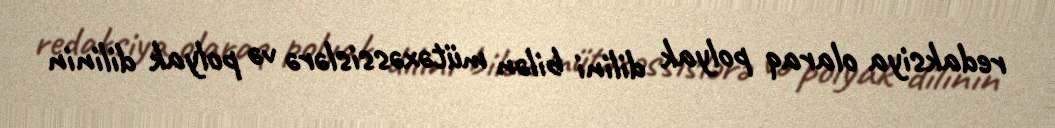
redaksiya olaraq polyak dilini bilən mütəxəssislərə və polyak dilinin